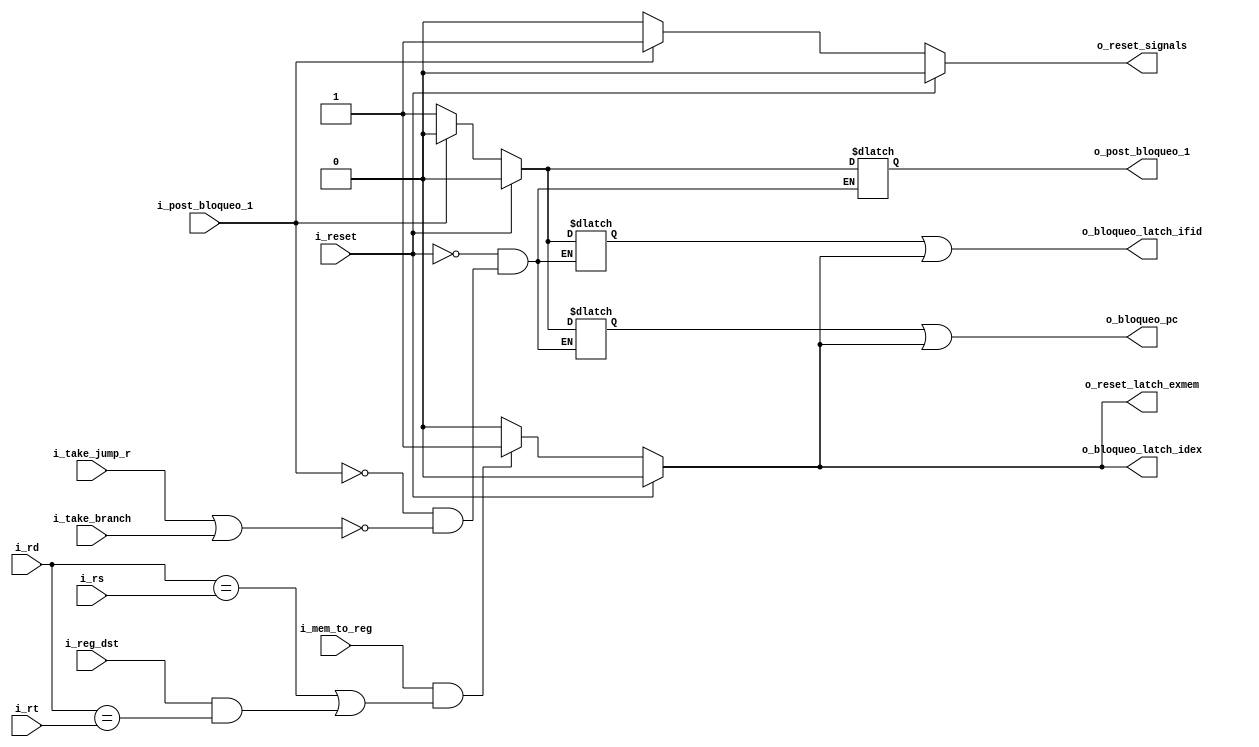
`timescale 1ns / 1ps
//////////////////////////////////////////////////////////////////////////////////
// Company: 
// Engineer: 
// 
// Design Name: 
// Module Name: UnidadDeDeteccionDeRiesgos
// Project Name: 
// Target Devices: 
// Tool Versions: 
// Description: 
// 
// Dependencies: 
// 
// Revision:
// Revision 0.01 - File Created
// Additional Comments:
// 
//////////////////////////////////////////////////////////////////////////////////


module UnidadDeDeteccionDeRiesgos(
    input wire i_reset,
    input wire i_take_jump_r,
    input wire i_take_branch,
    input wire i_mem_to_reg,
    input wire i_reg_dst,
    input wire [4:0] i_rs,
    input wire [4:0] i_rt,
    input wire [4:0] i_rd,
    input wire i_post_bloqueo_1,
        
    output wire o_bloqueo_pc,
    output wire o_bloqueo_latch_ifid,
    output reg o_bloqueo_latch_idex,
    output reg o_reset_signals,
    output reg o_reset_latch_exmem,
    output reg o_post_bloqueo_1
    );
    
    reg bloqueo_pc_1, bloqueo_pc_2, bloqueo_ifid_1, bloqueo_ifid_2;
    
    assign o_bloqueo_pc = bloqueo_pc_1 | bloqueo_pc_2;
    assign o_bloqueo_latch_ifid = bloqueo_ifid_1 | bloqueo_ifid_2;
    
    always @* begin
        
        if(i_reset) begin
            
            bloqueo_pc_1 <= 0;
            bloqueo_pc_2 <= 0;
            bloqueo_ifid_1 <= 0;
            bloqueo_ifid_2 <= 0;
            o_bloqueo_latch_idex <= 0;
            o_reset_signals <= 0;
            o_reset_latch_exmem <= 0;
            o_post_bloqueo_1 <= 0;
            
        end else begin
            
            if(i_mem_to_reg & ((i_rd == i_rs) | (i_reg_dst & (i_rd == i_rt)))) begin
                
                bloqueo_pc_2 <= 1;
                bloqueo_ifid_2 <= 1;
                o_bloqueo_latch_idex <= 1;
                o_reset_latch_exmem <= 1;
                
            end else begin
                
                bloqueo_pc_2 <= 0;
                bloqueo_ifid_2 <= 0;
                o_bloqueo_latch_idex <= 0;
                o_reset_latch_exmem <= 0;
                
            end
            
            if(!i_post_bloqueo_1) begin                 // Si en el ciclo anterior no hubo riesgo por jump o branch
            
                o_reset_signals <= 0;
                
                if(i_take_jump_r | i_take_branch) begin
                    
                    bloqueo_pc_1 <= 1;
                    bloqueo_ifid_1 <= 1;
                    o_post_bloqueo_1 <= 1;
                    
                end
                
            end else begin                              // Si en el ciclo anterior hubo riesgo por jump o branch
                
                bloqueo_pc_1 <= 0;
                bloqueo_ifid_1 <= 0;
                o_post_bloqueo_1 <= 0;
                o_reset_signals <= 1;
                
            end
        
        end
            
    end
    
    
endmodule